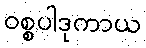
ဝစ္စပါဒုကာယ